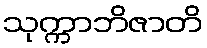
သုက္ကာဘိဇာတိ